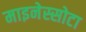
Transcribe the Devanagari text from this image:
माइनेस्सोटा